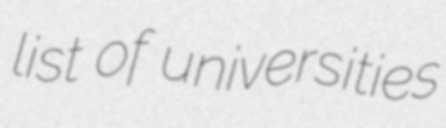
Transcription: list of universities